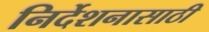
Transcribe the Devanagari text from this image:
निर्देशनासाठी